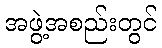
အဖွဲ့အစည်းတွင်